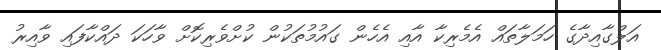
އަލްގާއިދާގެ ހަމަލާތައް އެމެރިކާ އާއި އެހެން ގައުމުތަކުން ކުށްވެރިކޮށް ވާހަކަ ދައްކާފައި ވާއިރު